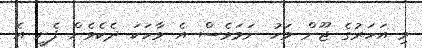
މި އަހަރުގެ ޖޫން މަހު ނަމަވެސް އެ ވާހަކަ ދެކެވެން ފެށީ އެ